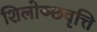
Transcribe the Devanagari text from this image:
शिलोञ्छवृत्ति